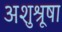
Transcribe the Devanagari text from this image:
अशुश्रूषा